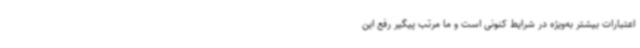
اعتبارات بیشتر به‌ویژه در شرایط کنونی است و ما مرتب پیگیر رفع این